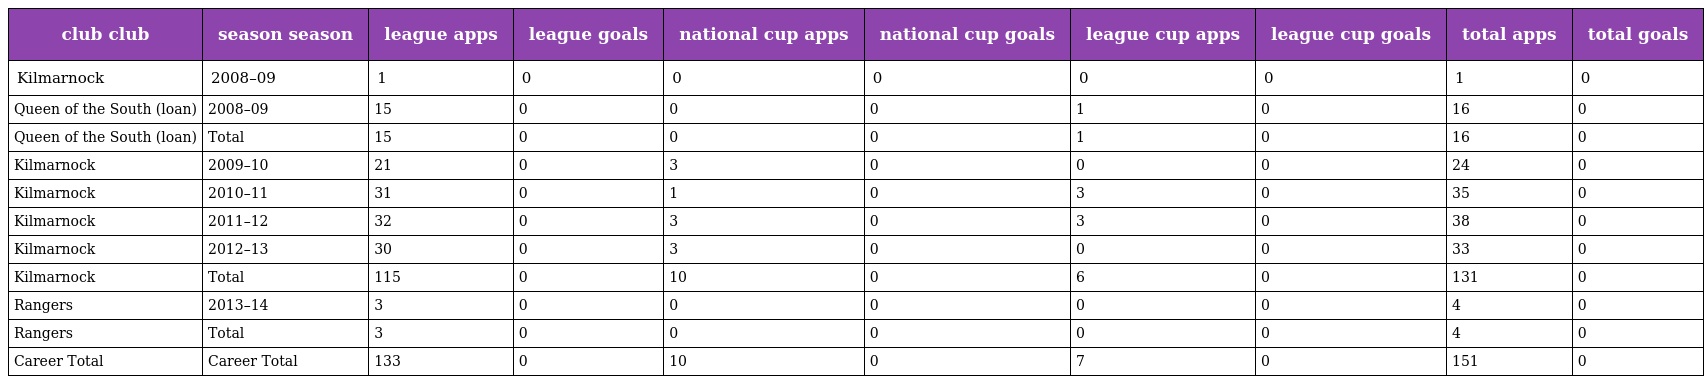
| club club | season season | league apps | league goals | national cup apps | national cup goals | league cup apps | league cup goals | total apps | total goals |
 | --- | --- | --- | --- | --- | --- | --- | --- | --- | --- |
 | Kilmarnock | 2008–09 | 1 | 0 | 0 | 0 | 0 | 0 | 1 | 0 |
 | Queen of the South (loan) | 2008–09 | 15 | 0 | 0 | 0 | 1 | 0 | 16 | 0 |
 | Queen of the South (loan) | Total | 15 | 0 | 0 | 0 | 1 | 0 | 16 | 0 |
 | Kilmarnock | 2009–10 | 21 | 0 | 3 | 0 | 0 | 0 | 24 | 0 |
 | Kilmarnock | 2010–11 | 31 | 0 | 1 | 0 | 3 | 0 | 35 | 0 |
 | Kilmarnock | 2011–12 | 32 | 0 | 3 | 0 | 3 | 0 | 38 | 0 |
 | Kilmarnock | 2012–13 | 30 | 0 | 3 | 0 | 0 | 0 | 33 | 0 |
 | Kilmarnock | Total | 115 | 0 | 10 | 0 | 6 | 0 | 131 | 0 |
 | Rangers | 2013–14 | 3 | 0 | 0 | 0 | 0 | 0 | 4 | 0 |
 | Rangers | Total | 3 | 0 | 0 | 0 | 0 | 0 | 4 | 0 |
 | Career Total | Career Total | 133 | 0 | 10 | 0 | 7 | 0 | 151 | 0 |